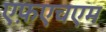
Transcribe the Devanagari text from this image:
एफ़एचएम